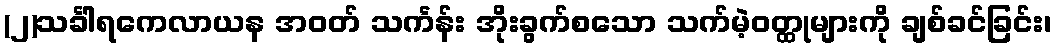
(၂)သင်္ခါရကေလာယန အဝတ် သင်္ကန်း အိုးခွက်စသော သက်မဲ့ဝတ္ထုများကို ချစ်ခင်ခြင်း၊